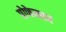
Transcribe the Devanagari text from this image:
प्रोफेस्सर